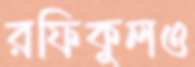
রফিকুলও